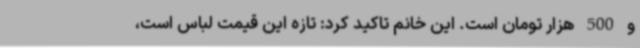
و 500 هزار تومان است. این خانم تاکید کرد: تازه این قیمت لباس است،